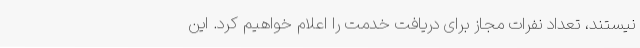
نیستند، تعداد نفرات مجاز برای دریافت خدمت را اعلام خواهیم کرد. این